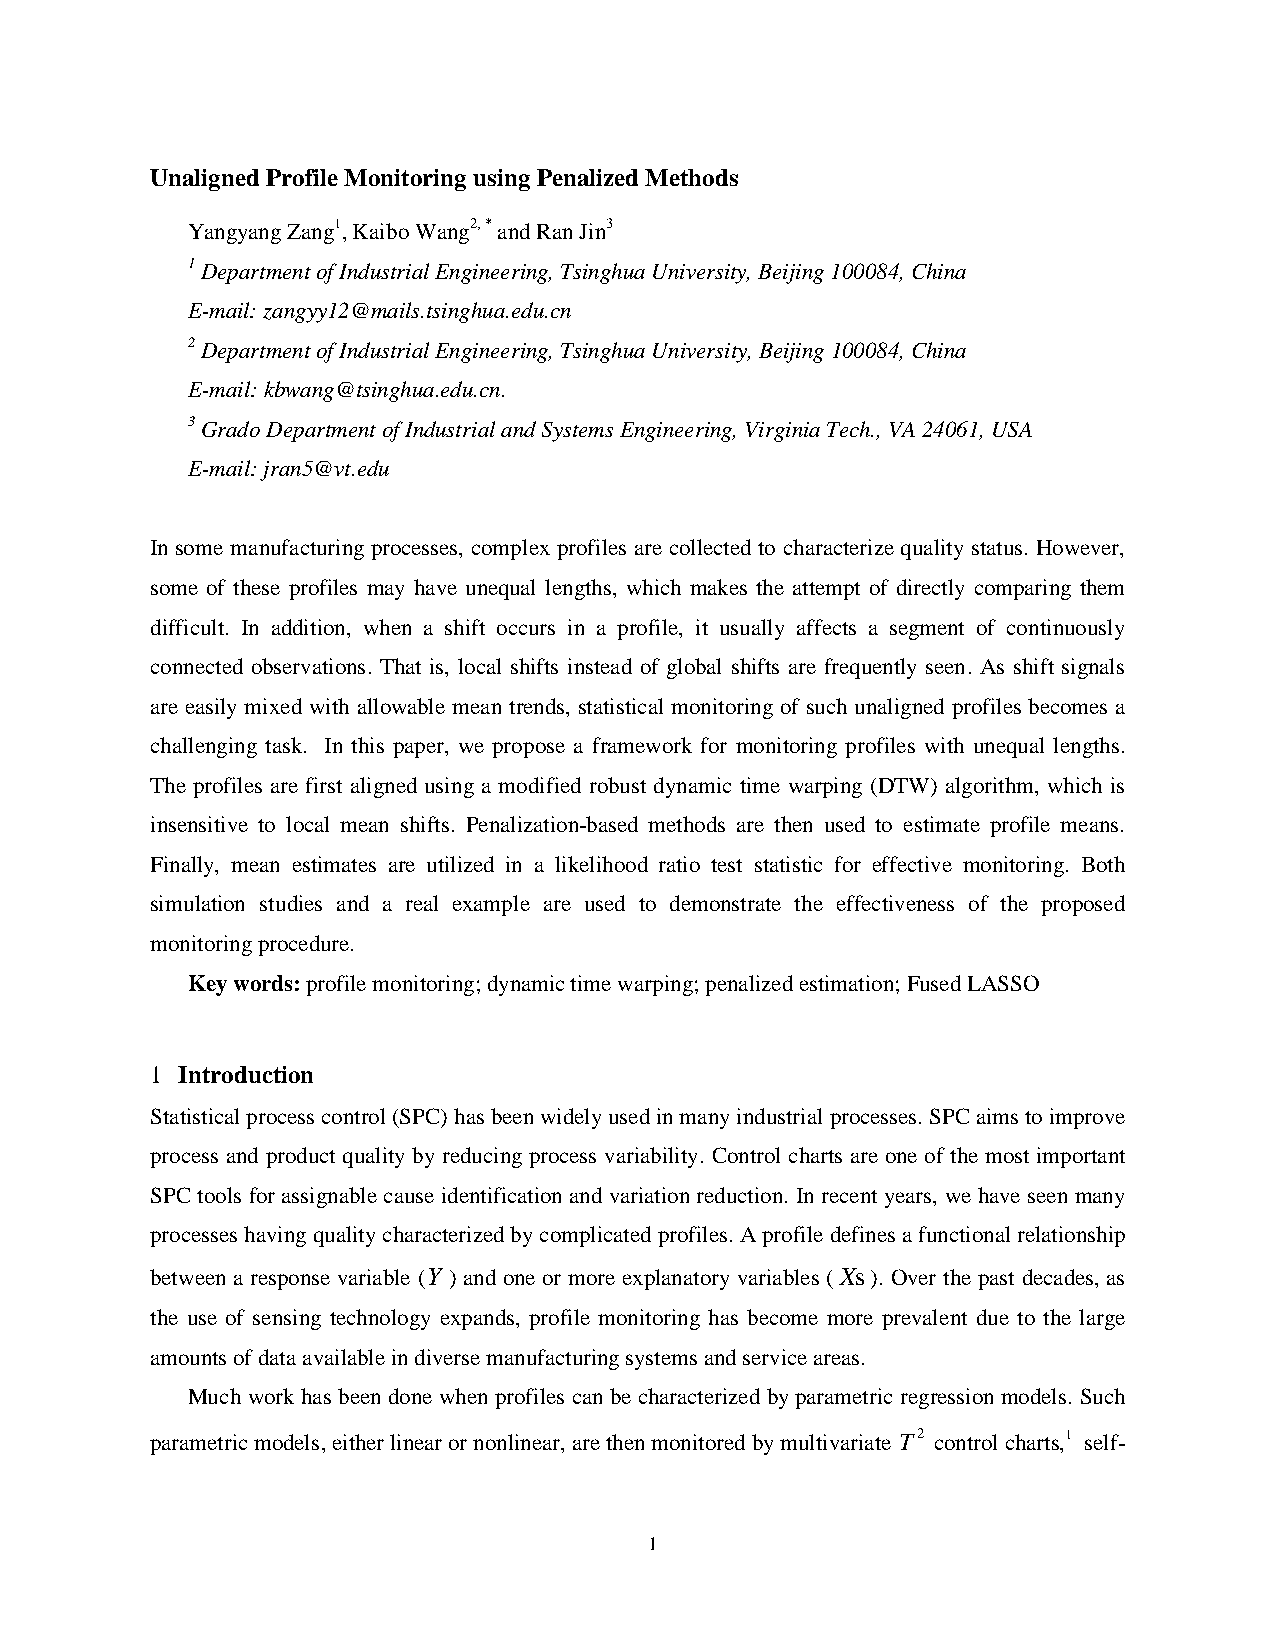
Unaligned Profile Monitoring using Penalized Methods
 Yangyang Zang1, Kaibo Wang2, * and Ran Jin3
 1 Department of Industrial Engineering, Tsinghua University, Beijing 100084, China
 E-mail: zangyy12@mails.tsinghua.edu.cn
 2 Department of Industrial Engineering, Tsinghua University, Beijing 100084, China
 E-mail: kbwang@tsinghua.edu.cn.
 3 Grado Department of Industrial and Systems Engineering, Virginia Tech., VA 24061, USA
 E-mail: jran5@vt.edu
 In some manufacturing processes, complex profiles are collected to characterize quality status. However,
 some of these profiles may have unequal lengths, which makes the attempt of directly comparing them
 difficult. In addition, when a shift occurs in a profile, it usually affects a segment of continuously
 connected observations. That is, local shifts instead of global shifts are frequently seen. As shift signals
 are easily mixed with allowable mean trends, statistical monitoring of such unaligned profiles becomes a
 challenging task. In this paper, we propose a framework for monitoring profiles with unequal lengths.
 The profiles are first aligned using a modified robust dynamic time warping (DTW) algorithm, which is
 insensitive to local mean shifts. Penalization-based methods are then used to estimate profile means.
 Finally, mean estimates are utilized in a likelihood ratio test statistic for effective monitoring. Both
 simulation studies and a real example are used to demonstrate the effectiveness of the proposed
 monitoring procedure.
 Key words: profile monitoring; dynamic time warping; penalized estimation; Fused LASSO
 1 Introduction
 Statistical process control (SPC) has been widely used in many industrial processes. SPC aims to improve
 process and product quality by reducing process variability. Control charts are one of the most important
 SPC tools for assignable cause identification and variation reduction. In recent years, we have seen many
 processes having quality characterized by complicated profiles. A profile defines a functional relationship
 between a response variable (Y ) and one or more explanatory variables (Xs). Over the past decades, as
 the use of sensing technology expands, profile monitoring has become more prevalent due to the large
 amounts of data available in diverse manufacturing systems and service areas.
 Much work has been done when profiles can be characterized by parametric regression models. Such
 parametric models, either linear or nonlinear, are then monitored by multivariate T2 control charts,1 self-
 1